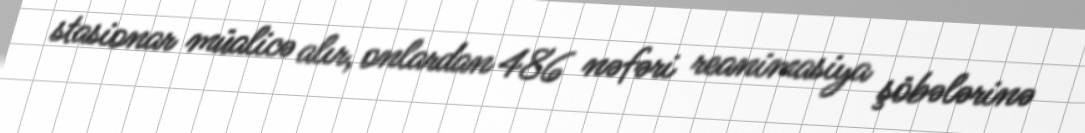
stasionar müalicə alır, onlardan 486 nəfəri reanimasiya şöbələrinə